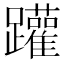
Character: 䠰